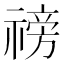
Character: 䄘